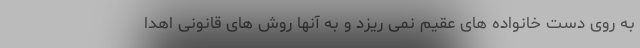
به روی دست خانواده های عقیم نمی ریزد و به آنها روش های قانونی اهدا